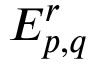
E _ { p , q } ^ { r }